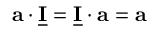
{ \mathbf a \cdot \underline { { \mathbf I } } = \underline { { \mathbf I } } \cdot \mathbf a = \mathbf a }